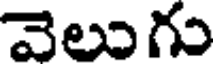
వెలుగు